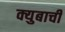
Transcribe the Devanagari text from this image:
क्युबाची